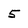
Character: 5